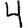
Digit: 4